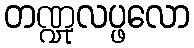
တဏ္ဍုလပ္ဖလော